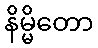
နိမ္မိတော